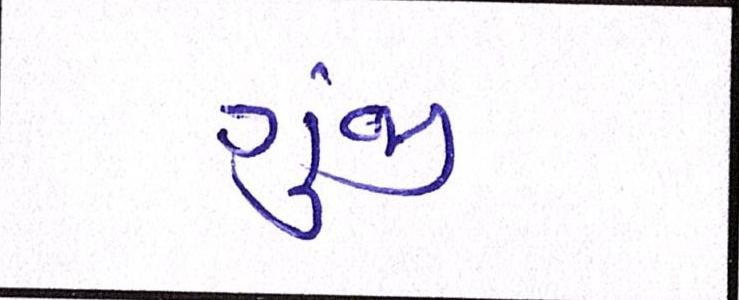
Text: ગુંજી